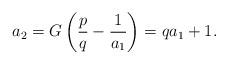
LaTeX: \begin{align*}a_2 = G\left( \frac{p}{q} - \frac{1}{a_1} \right) = qa_1 + 1. \end{align*}